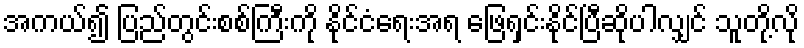
အကယ်၍ ပြည်တွင်းစစ်ကြီးကို နိုင်ငံရေးအရ ဖြေရှင်းနိုင်ပြီဆိုပါလျှင် သူတို့လို